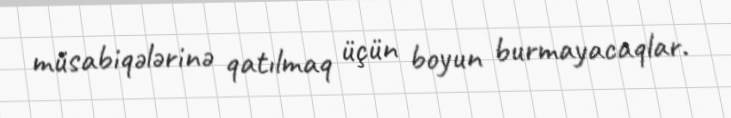
müsabiqələrinə qatılmaq üçün boyun burmayacaqlar.